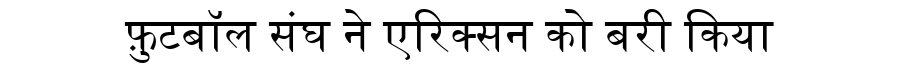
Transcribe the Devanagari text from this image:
फ़ुटबॉल संघ ने एरिक्सन को बरी किया